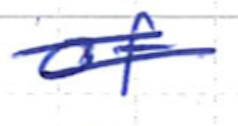
Text: of
Cross-out: double-line
Writing tool: ballpoint